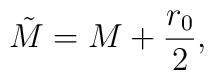
\tilde{M} = M + \frac{r_0}{2},